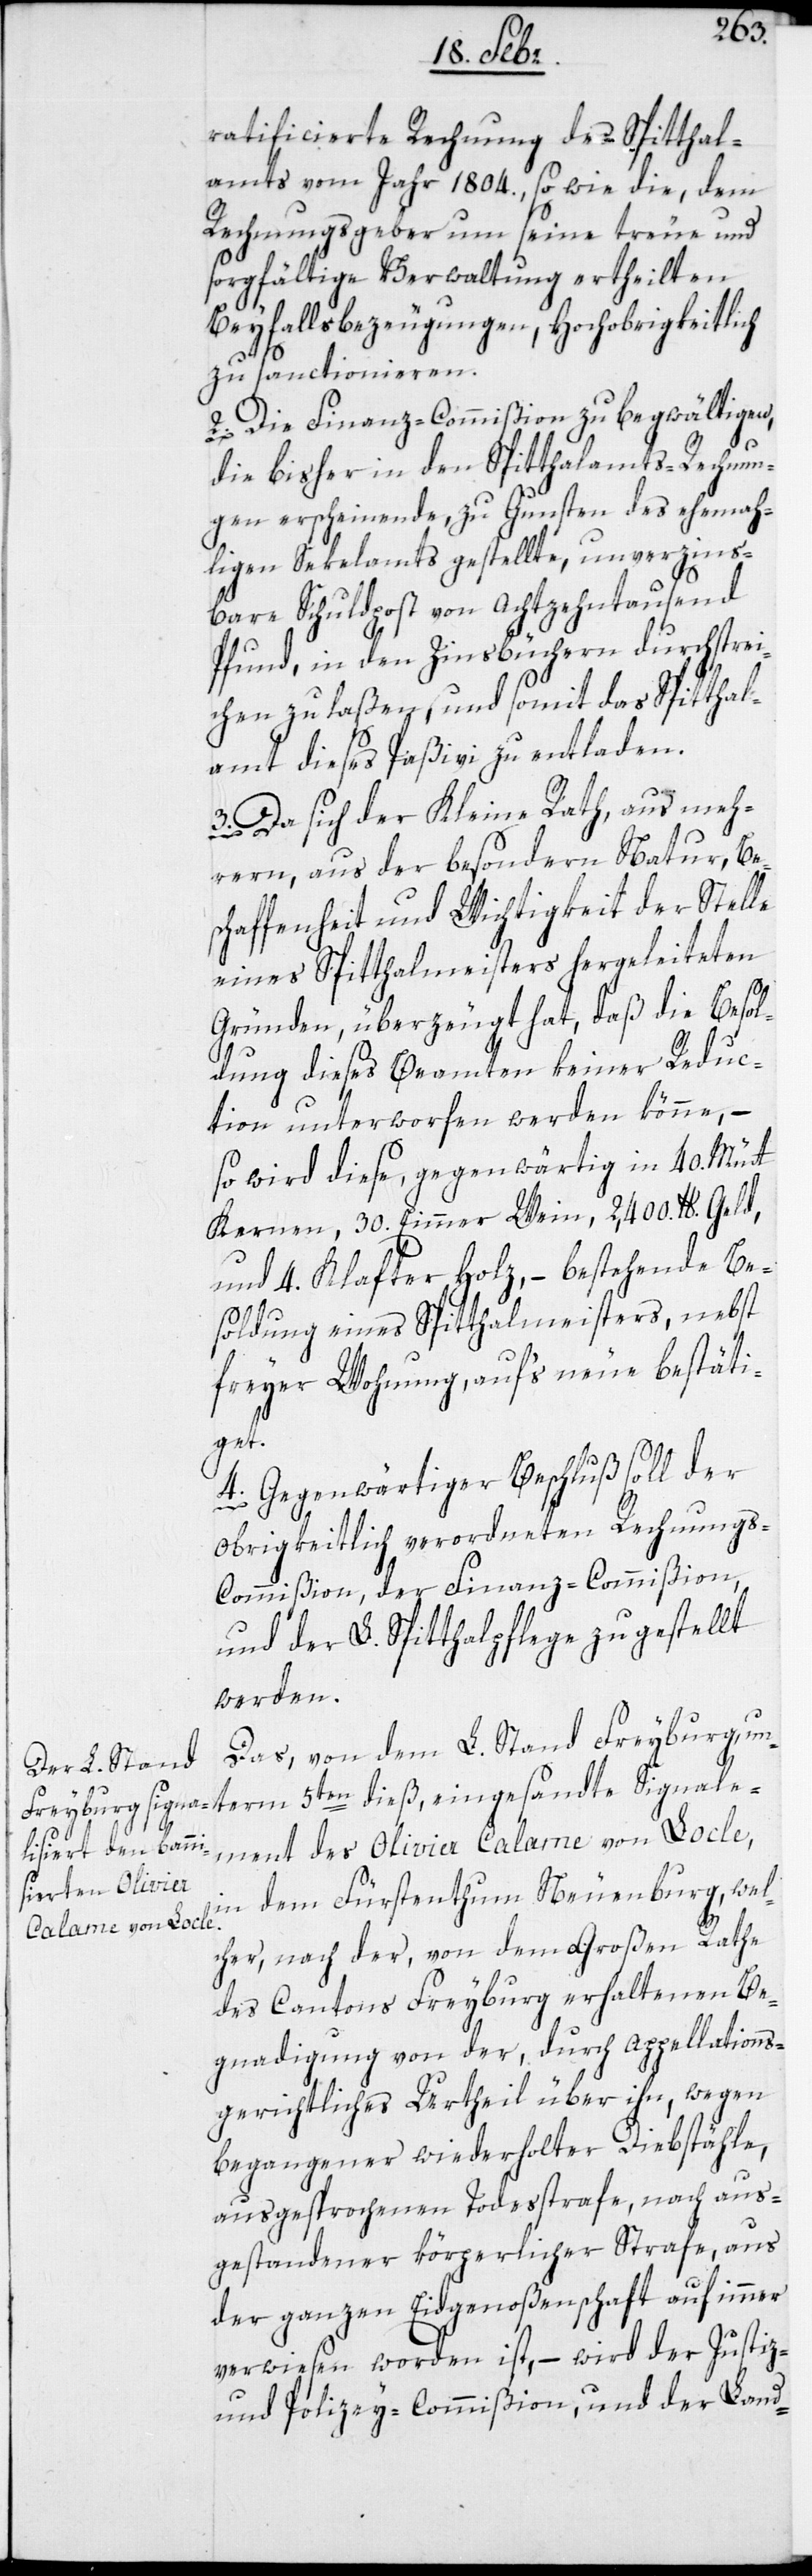
ratificierte Rechnung des Spitthal¬
amts vom Jahr 1804, sowie die, dem
Rechnungsgeber um seine treue und
sorgfältige Verwaltung ertheilten
Beyfallsbezeugungen, Hochobrigkeitlich
zu sanctionieren.
2. Die Finanz-Commißion zu begwältigen,
die bisher in den Spitthalamts-Rechnun¬
gen erscheinende, zu Gunsten des ehema¬
ligen Sekelamts gestellte, unverzins¬
bare Schuldpost von Achtzehntausend
Pfund, in den Zinsbüchern durchstrei¬
chen zu laßen, und somit das Spitthal¬
amt dieses Paßivi zu entladen.
3. Da sich der Kleine Rath, aus meh¬
rern, aus der besondern Natur, Be¬
schaffenheit und Wichtigkeit der Stelle
eines Spitthalmeisters hergeleiteten
Gründen, überzeugt hat, daß die Besol¬
dung dieses Beamten keiner Reduc¬
tion unterworfen werden könne, –
so wird diese gegenwärtig in 40. Mütt
Kernen, 30. Eimer Wein, 2,400. lb. Geld,
und 4. Klafter Holz, – bestehende Be¬
soldung eines Spitthalmeisters, nebst
freyer Wohnung, aufs neue bestäti¬
von
4. Gegenwärtiger Beschluß soll der
obrigkeitlich verordneten Rechnung¬
s-Commißion, der Finanz-Commißion,
und der L. Spitthalpflege zugestellt
werden.
dem L. Stand
Freyburg unterm 5ten dieß eingesandte Signale¬
ment des Olivier Calame von Locle,
in dem Fürstentum Neuenburg, wel¬
cher, nach der, von dem Großen Rathe
des Cantons Freyburg erhaltenen Be¬
gnadigung von der, durch appellations¬
gerichtliches Urtheil über ihn, wegen
begangener wiederholter Diebstähle,
ausgesprochenen Todesstrafe, nach aus¬
gestandener körperlicher Strafe, aus
der ganzen Eidgenoßenschaft auf immer
verwiesen worden ist, – wird der Justiz-
und Polizey-Commißion und der Land-